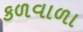
કળવાળા